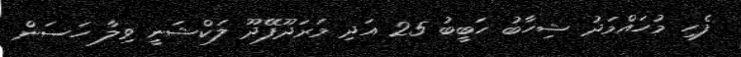
ފެހި މުހައްމަދު ޝިހާބު ހަބީބު 25 އަދި މަރަދޫފޭދޫ ލަކްޝަނީ ވިލާ ހަސަން